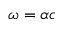
\omega = \alpha c